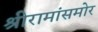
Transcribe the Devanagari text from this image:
श्रीरामांसमोर